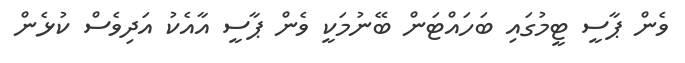
ވެން ޕާސީ ޓީމުގައި ބަހައްޓަން ބޭނުމަކީ ވެން ޕާސީ އާއެކު އަދިވެސް ކުޅެން